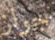
جولز